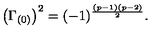
\left( \Gamma _ { ( 0 ) } \right) ^ { 2 } = ( - 1 ) ^ { { \frac { ( p - 1 ) ( p - 2 ) } { 2 } } } .